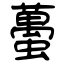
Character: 蠆